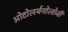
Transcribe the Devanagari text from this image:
ओटोलर्यनोलोजी